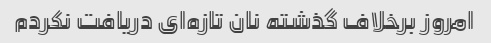
امروز برخلاف گذشته نان تازه‌ای دریافت نکردم